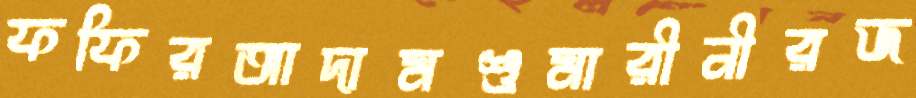
ফফিরআদামশুমারীনীরজ